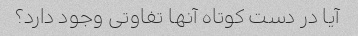
آیا در دست کوتاه آنها تفاوتی وجود دارد؟